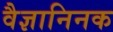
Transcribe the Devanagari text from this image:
वैज्ञानिनक